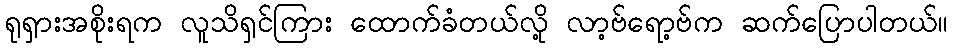
ရုရှားအစိုးရက လူသိရှင်ကြား ထောက်ခံတယ်လို့ လာ့ဗ်ရော့ဗ်က ဆက်ပြောပါတယ်။